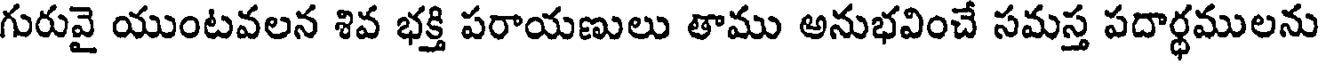
గురువై యుంటవలన శివ భక్తి పరాయణులు తాము అనుభవించే సమస్త పదార్ధములను